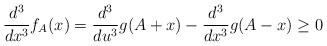
LaTeX: \begin{align*} \frac{d^3}{dx^3}f_A(x)=\frac{d^3}{du^3}g(A+x)-\frac{d^3}{dx^3}g(A-x)\geq0\end{align*}